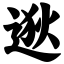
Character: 逖